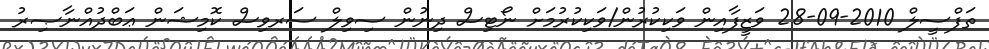
ތަފްސީލް 2010-09-28 ވަޒީފާއިން ވަކިކުރުން/ވަކިކުރުމަށް ނޯޓިސް ދިނުން ސިވިލް ސަރވިސް ކޮމިޝަން ޢަބްދުއްނާޞިރު